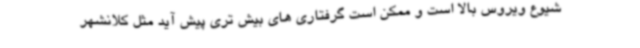
شیوع ویروس بالا است و ممکن است گرفتاری های بیش تری پیش آید مثل کلانشهر